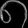
Digit: ၈